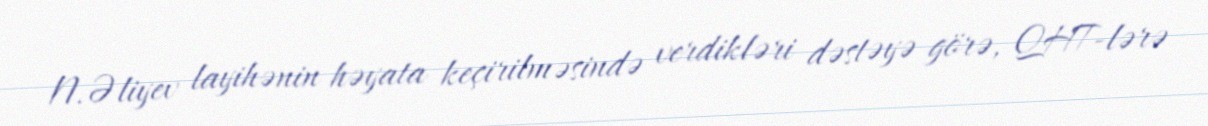
N.Əliyev layihənin həyata keçirilməsində verdikləri dəstəyə görə, QHT-lərə